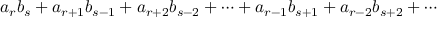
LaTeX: a _ { r } b _ { s } + a _ { r + 1 } b _ { s - 1 } + a _ { r + 2 } b _ { s - 2 } + \cdots + a _ { r - 1 } b _ { s + 1 } + a _ { r - 2 } b _ { s + 2 } + \cdots